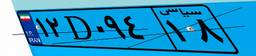
۱۲D۰۹۴۱۸